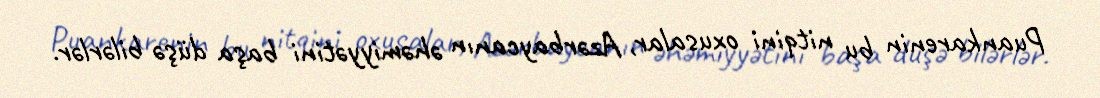
Puankarenin bu nitqini oxusalar, Azərbaycanın əhəmiyyətini başa düşə bilərlər.